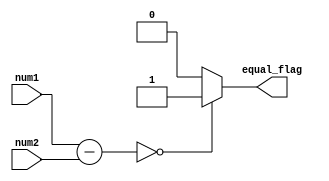
module Equality_comparator (
    input [7:0] num1,
    input [7:0] num2,
    output reg equal_flag
);

reg [7:0] difference;

// Subtract the two input numbers
assign difference = num1 - num2;

// Check if the difference is zero using a comparator
always @(*) begin
    if (difference == 0) begin
        equal_flag = 1;
    end else begin
        equal_flag = 0;
    end
end

endmodule